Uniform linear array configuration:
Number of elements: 32
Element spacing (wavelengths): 0.5
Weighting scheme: binomial
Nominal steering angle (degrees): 15
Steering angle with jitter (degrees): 15.262
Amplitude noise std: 0.05
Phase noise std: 0.05

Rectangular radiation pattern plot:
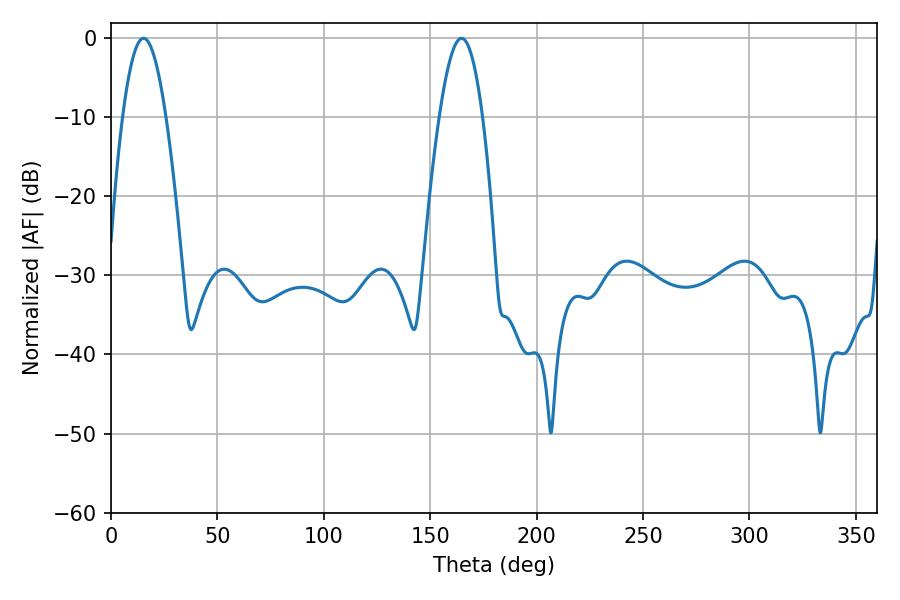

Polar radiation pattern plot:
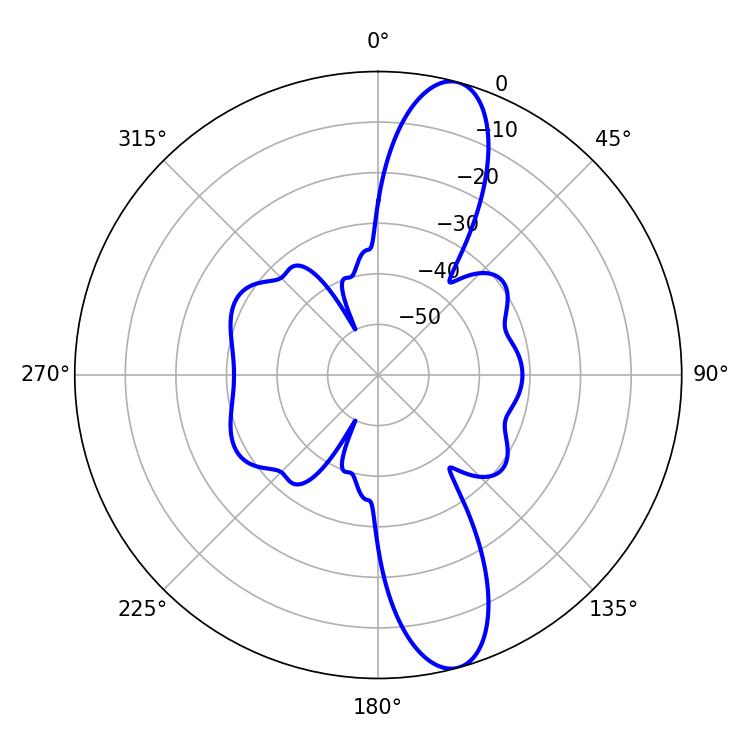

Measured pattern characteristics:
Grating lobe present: FALSE
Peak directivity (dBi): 12.575
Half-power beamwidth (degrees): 10.98
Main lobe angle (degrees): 15.3